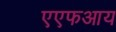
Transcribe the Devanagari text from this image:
एएफआय